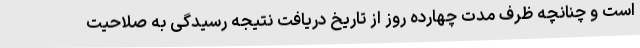
است و چنانچه ظرف مدت چهارده روز از تاریخ دریافت نتیجه رسیدگی به صلاحیت